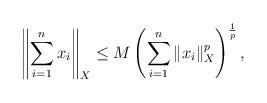
LaTeX: \begin{align*} \left\|\sum_{i=1}^n x_i \right\| _{X} \le M \left(\sum_{i=1}^n \|x_i\|_{X}^p \right)^{\frac{1}{p}}, \end{align*}